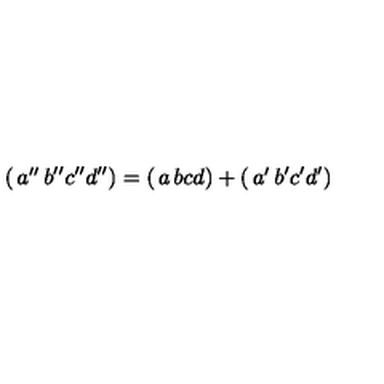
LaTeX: \left( \begin{matrix} { a ^ { \prime \prime } } & { b ^ { \prime \prime } } \\ { c ^ { \prime \prime } } & { d ^ { \prime \prime } } \\ \end{matrix} \right) = \left( \begin{matrix} { a } & { b } \\ { c } & { d } \\ \end{matrix} \right) + \left( \begin{matrix} { a ^ { \prime } } & { b ^ { \prime } } \\ { c ^ { \prime } } & { d ^ { \prime } } \\ \end{matrix} \right)